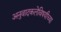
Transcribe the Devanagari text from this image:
अनुवादकलेविषयीच्या